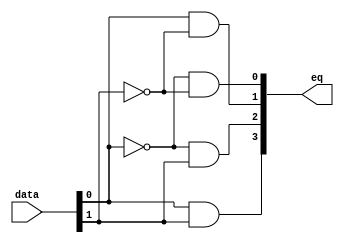
module  element_decode_2to4_decode
	( 
	data,
	eq) /* synthesis synthesis_clearbox=1 */;
	input   [1:0]  data;
	output   [3:0]  eq;
`ifndef ALTERA_RESERVED_QIS
// synopsys translate_off
`endif
	tri0   [1:0]  data;
`ifndef ALTERA_RESERVED_QIS
// synopsys translate_on
`endif

	wire  [1:0]  data_wire;
	wire  [3:0]  eq_node;
	wire  [3:0]  eq_wire;
	wire  [2:0]  w_anode15w;
	wire  [2:0]  w_anode1w;
	wire  [2:0]  w_anode24w;
	wire  [2:0]  w_anode33w;

	assign
		data_wire = data,
		eq = eq_node,
		eq_node = eq_wire[3:0],
		eq_wire = {w_anode33w[2], w_anode24w[2], w_anode15w[2], w_anode1w[2]},
		w_anode15w = {(w_anode15w[1] & (~ data_wire[1])), (w_anode15w[0] & data_wire[0]), 1'b1},
		w_anode1w = {(w_anode1w[1] & (~ data_wire[1])), (w_anode1w[0] & (~ data_wire[0])), 1'b1},
		w_anode24w = {(w_anode24w[1] & data_wire[1]), (w_anode24w[0] & (~ data_wire[0])), 1'b1},
		w_anode33w = {(w_anode33w[1] & data_wire[1]), (w_anode33w[0] & data_wire[0]), 1'b1};
endmodule
module element_decode_2to4 (
	data,
	eq0,
	eq1,
	eq2,
	eq3)/* synthesis synthesis_clearbox = 1 */;

	input	[1:0]  data;
	output	  eq0;
	output	  eq1;
	output	  eq2;
	output	  eq3;

	wire [3:0] sub_wire0;
	wire [3:3] sub_wire4 = sub_wire0[3:3];
	wire [2:2] sub_wire3 = sub_wire0[2:2];
	wire [1:1] sub_wire2 = sub_wire0[1:1];
	wire [0:0] sub_wire1 = sub_wire0[0:0];
	wire  eq0 = sub_wire1;
	wire  eq1 = sub_wire2;
	wire  eq2 = sub_wire3;
	wire  eq3 = sub_wire4;

	element_decode_2to4_decode	element_decode_2to4_decode_component (
				.data (data),
				.eq (sub_wire0));

endmodule